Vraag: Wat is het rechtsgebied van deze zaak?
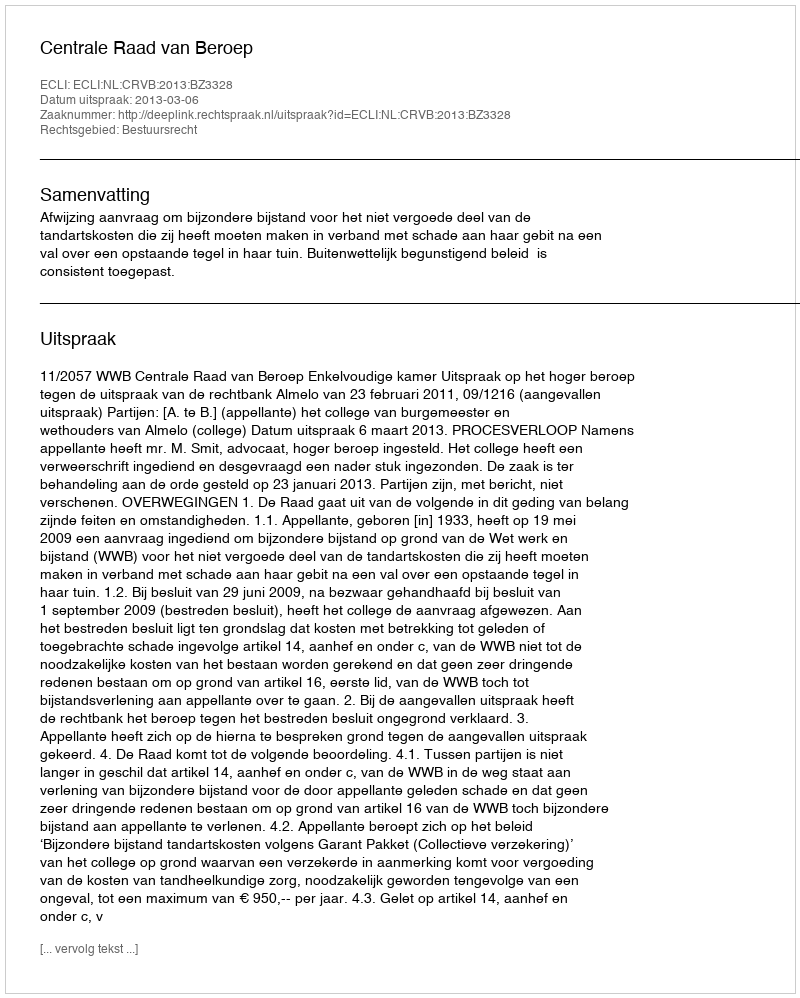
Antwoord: Bestuursrecht